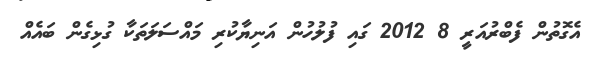
އެގޮތުން ފެބްރުއަރީ 8 2012 ގައި ފުލުހުން އަނިޔާކުރި މައްސަލަތަކާ ގުޅިގެން ބައެއް